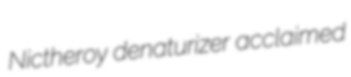
Nictheroy denaturizer acclaimed